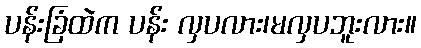
ပန်းခြံထဲက ပန်း လှပလား၊မလှပဘူးလား။